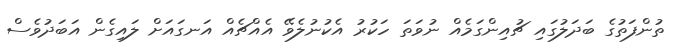
ތުންފަތުގެ ބަދަލުގައި ޗުއިންގަމެއް ނުވަތަ ހަކުރު އެކުނުލެވޭ އެއްޗެއް އަނގައަށް ލައިގެން އަބަދުވެސް